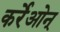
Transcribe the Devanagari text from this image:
कर्रेओन्